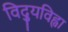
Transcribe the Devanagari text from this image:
विद्युविह्वा